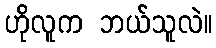
ဟိုလူက ဘယ်သူလဲ။